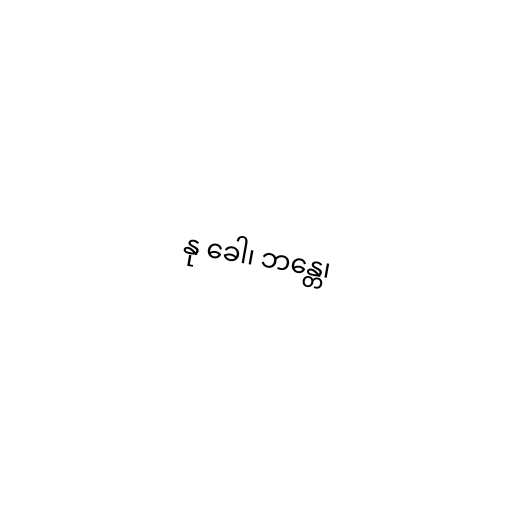
နု ခေါ၊ ဘန္တေ၊